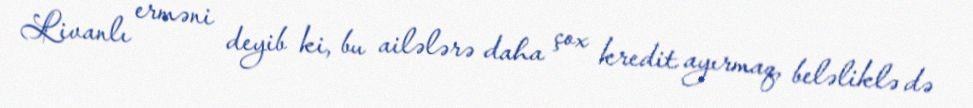
Livanlı erməni deyib ki, bu ailələrə daha çox kredit ayırmaq, beləliklə də